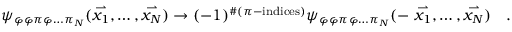
\psi _ { \varphi \varphi \pi \varphi \ldots \pi _ { N } } ( \stackrel { \rightharpoonup } { x _ { 1 } } , \ldots , \stackrel { \rightharpoonup } { x _ { N } } ) \rightarrow ( - 1 ) ^ { \# ( \pi - \mathrm { i n d i c e s } ) } \psi _ { \varphi \varphi \pi \varphi \ldots \pi _ { N } } ( - \stackrel { \rightharpoonup } { x _ { 1 } } , \ldots , \stackrel { \rightharpoonup } { x _ { N } } ) \ \ \ .